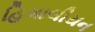
હિમાલીયન